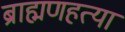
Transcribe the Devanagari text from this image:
ब्राह्मणहत्या